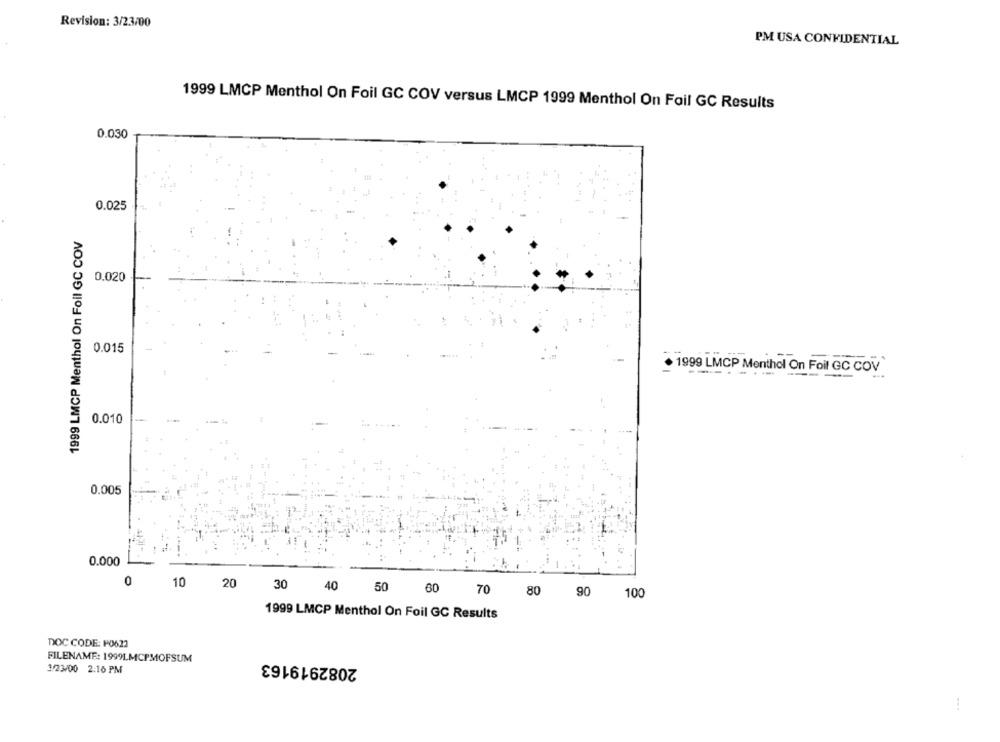
Revision: 3/23/00
PM USA CONFIDENTIAL
1999 LMCP Menthol On Foil GC COV versus LMCP 1999 Menthol On Foil GC Results
0.030
0.025
1999 LMCP Menthol On Foil GC COV
0.020
0.015
. 1999 LMCP Menthol On Foil GC COV
0.010
0.005
0.000
0
10
20
30
50
40
60
70
80 90
100
1999 LMCP Menthol On Foil GC Results
DOC CODE: FO622
FILENAME: 1999LMCPMOFSUM
2082919163
3/23/00 2:16 PM